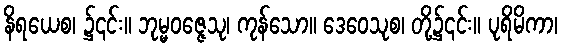
နိရယေစ၊ ၌၎င်း။ ဘုမ္မဝဇ္ဇေသု၊ ကုန်သော။ ဒေဝေသုစ၊ တို့၌၎င်း။ ပုရိမိကာ၊